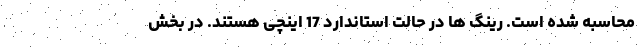
محاسبه شده است. رینگ ها در حالت استاندارد 17 اینچی هستند. در بخش